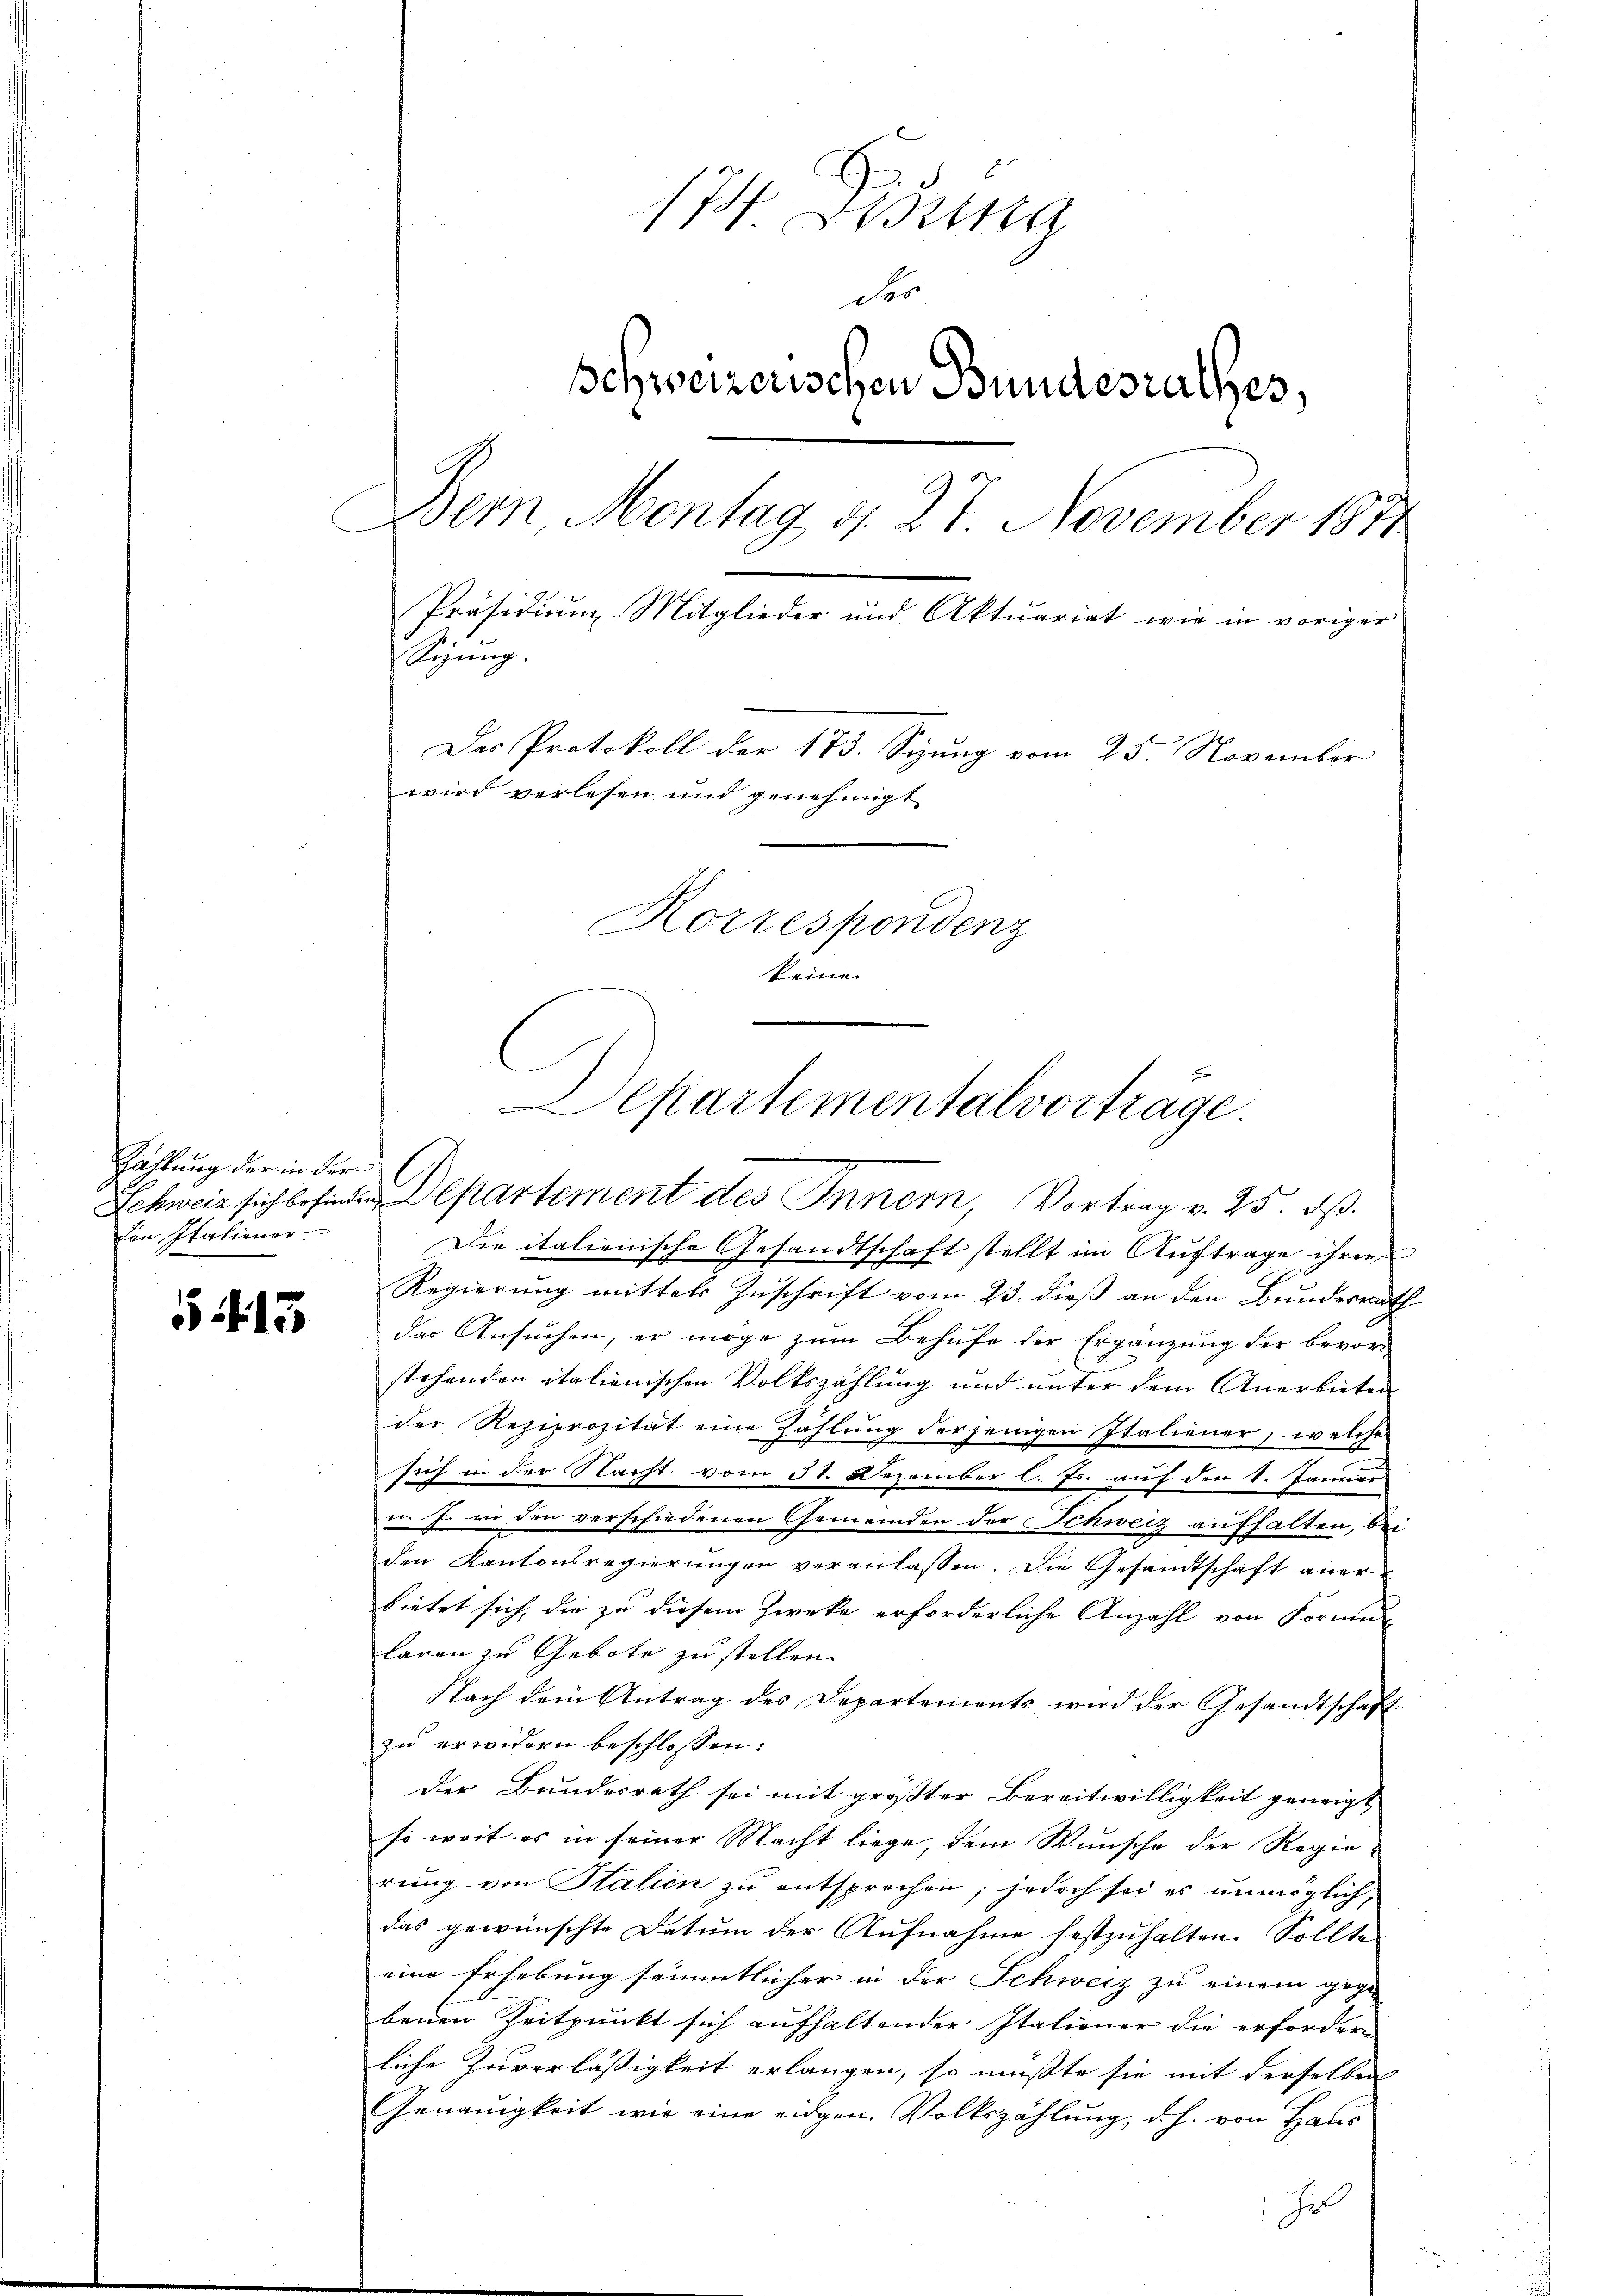
Zählung der in der
den Italiener

5415

174
des
schweizerischen Bundesrathes,
Dem Montag d. 27. November 1811.
Präsidium Mitglieder und Aktuariat wie in voriger
Sizung.
Das Protokoll der 173. Sizung vom 25. November
wird verlesen und genehmigt
Korrespondenz
keine

Schweiz sich befinden Departement des Innern, Vortrag v. 25. dß.
Die italienische Gesandtschaft stellt im Auftrage ihrer
Regierung mittels Zuschrift vom 23. dieß an den Bundesrath
das Ansuchen, er möge zum Behufe der Ergänzung der bevor-
stehenden italienischen Volkszählung und unter dem Anerbieten
der Reziprozität eine Zahlŭng derjenigen Italiener, welche
sich in der Nacht vom 31. Dezember l. Js. auf den 8. Januar
u. J. wo den verschiedenen Gemeinden der Schweiz aufhalten, bei
den Kantonsregierungen veranlassen. Die Gesandtschaft anerbietet sich, die zu diesem Zwecke erforderliche Anzahl von Formun
laren zu Gebote zu stellen.
Nach dem Antrag des Departements wird der Gesandtschaftzu erwidern beschlossen:
Der Bundesrath sei mit größter Bereitwilligkeit geneigt,
so weit es in seiner Macht liege, dem Wunsche der Regierung von Stalien zu entsprechen; jedoch sei es unmöglich,
das gewünschte Datum der Aufnahme festzuhalten. Sollte
eine Erhebung sämmtlicher in der Schweiz zu einem gegen
benen Zeitpunkt sich aufhaltender Italiener die erfordern
liche Zuverlässigkeit erlangen, so mußte sie mit derselben
Genauigkeit wie eine eidgen. Volkszählung, d. h. von Haus
Ju

Departementalvorträge.